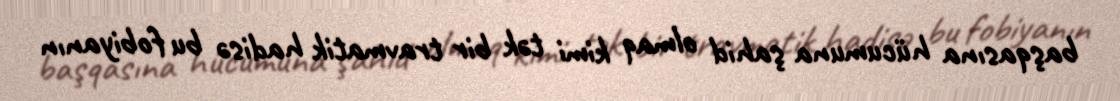
başqasına hücumuna şahid olmaq kimi tək bir travmatik hadisə bu fobiyanın